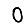
Digit: 0